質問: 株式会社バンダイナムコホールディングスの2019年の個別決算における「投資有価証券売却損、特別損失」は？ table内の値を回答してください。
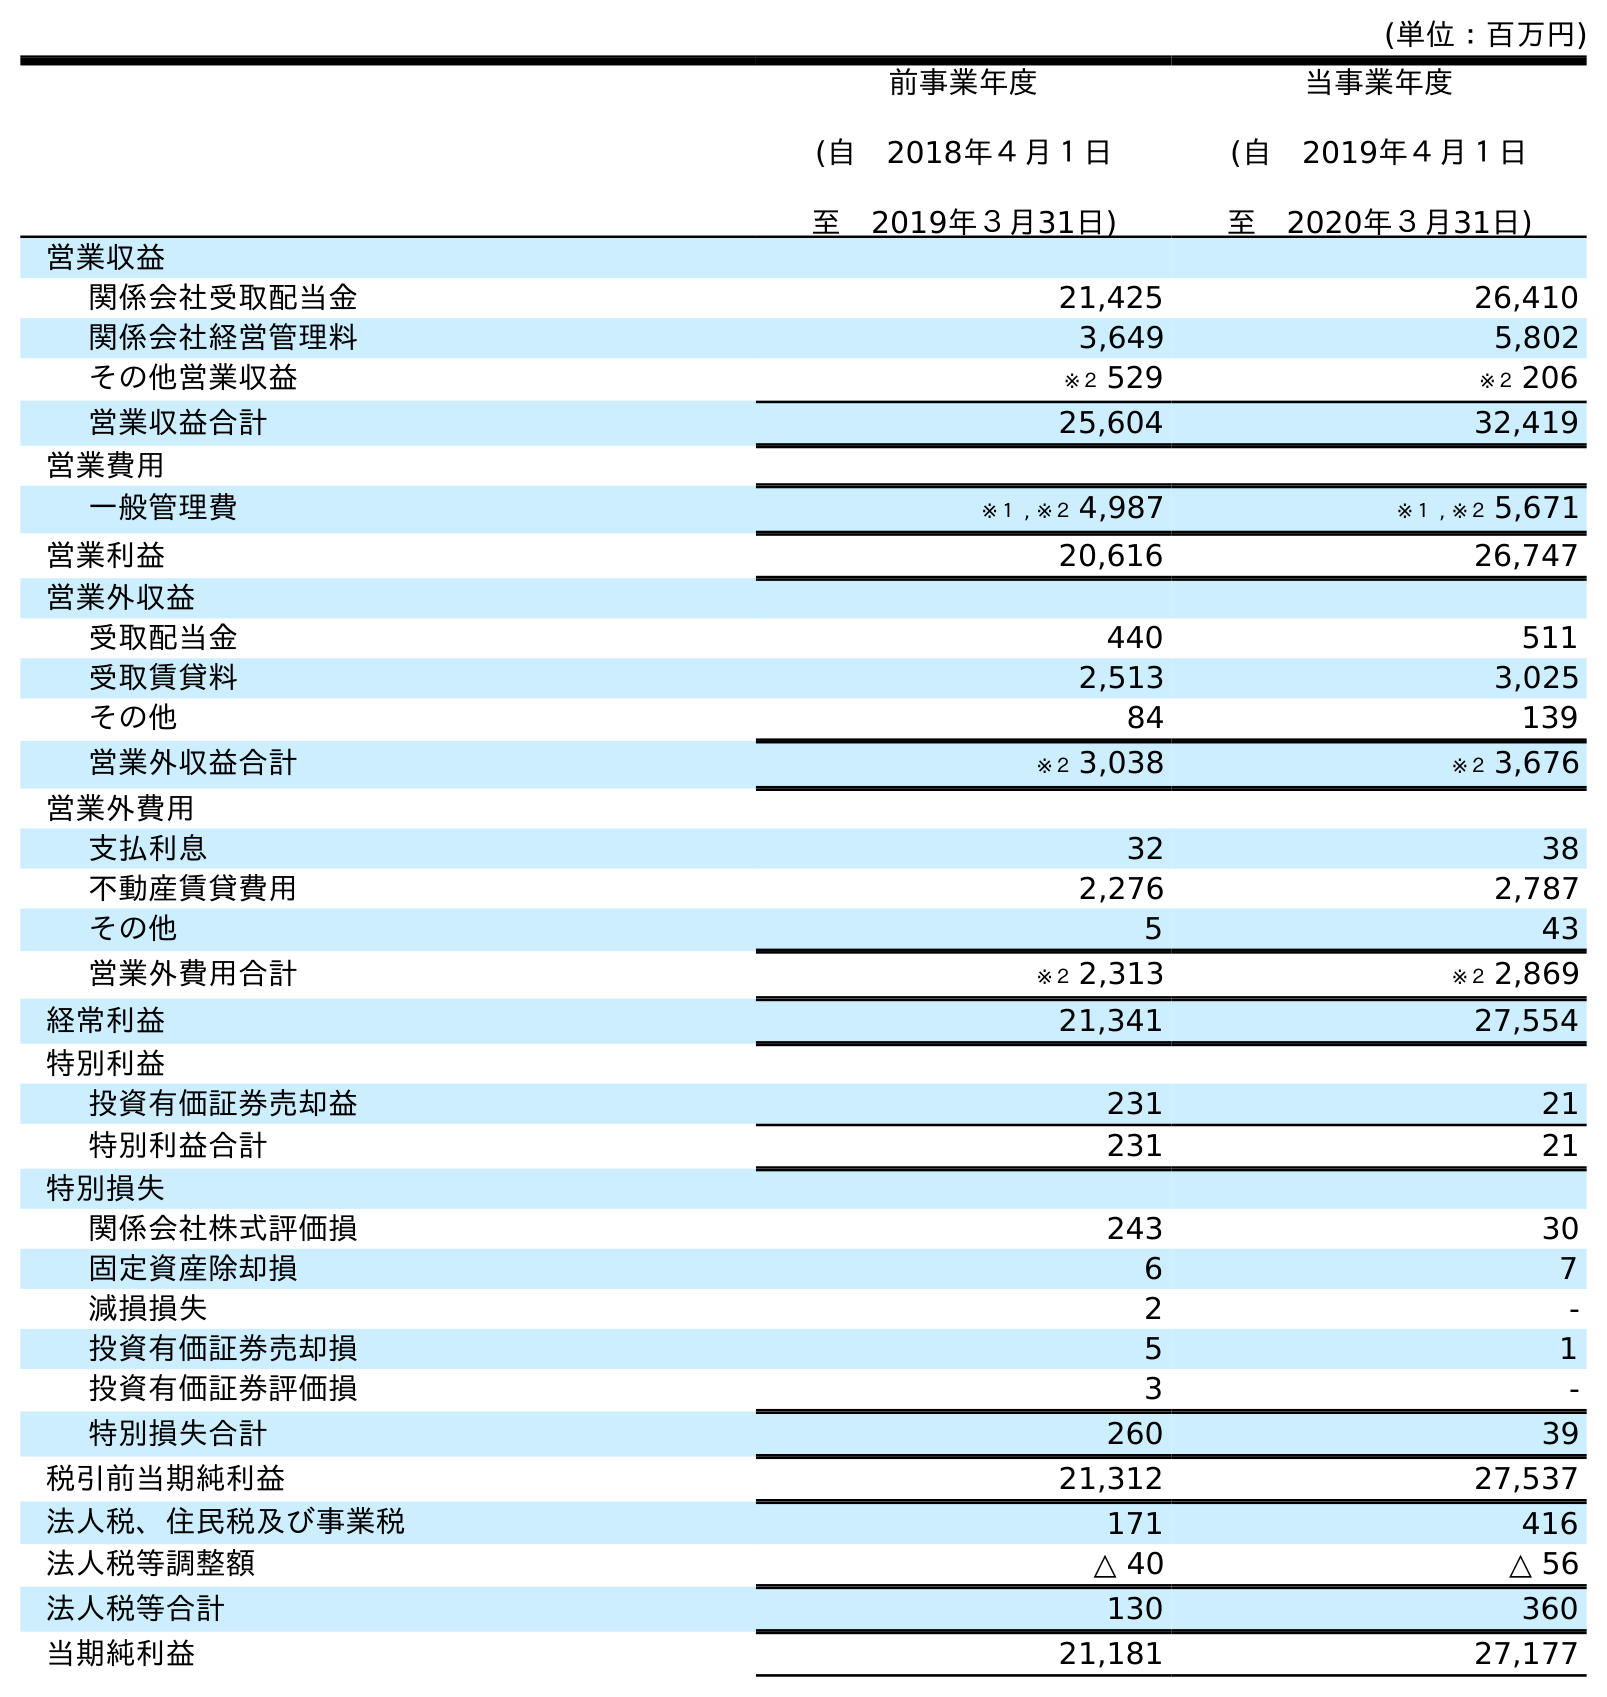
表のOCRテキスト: (単位：百万円) 前事業年度 (自 2018年４月１日 至 2019年３月31日) 当事業年度 (自 2019年４月１日 至 2020年３月31日) 営業収益 関係会社受取配当金 21,425 26,410 関係会社経営管理料 3,649 5,802 その他営業収益 ※２ 529 ※２ 206 営業収益合計 25,604 32,419 営業費用 一般管理費 ※１ , ※２ 4,987 ※１ , ※２ 5,671 営業利益 20,616 26,747 営業外収益 受取配当金 440 511 受取賃貸料 2,513 3,025 その他 84 139 営業外収益合計 ※２ 3,038 ※２ 3,676 営業外費用 支払利息 32 38 不動産賃貸費用 2,276 2,787 その他 5 43 営業外費用合計 ※２ 2,313 ※２ 2,869 経常利益 21,341 27,554 特別利益 投資有価証券売却益 231 21 特別利益合計 231 21 特別損失 関係会社株式評価損 243 30 固定資産除却損 6 7 減損損失 2 - 投資有価証券売却損 5 1 投資有価証券評価損 3 - 特別損失合計 260 39 税引前当期純利益 21,312 27,537 法人税、住民税及び事業税 171 416 法人税等調整額 △ 40 △ 56 法人税等合計 130 360 当期純利益 21,181 27,177
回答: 5